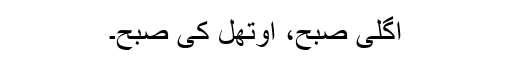
اگلی صبح، اوتھل کی صبح۔